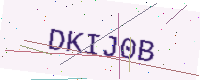
Text: DKIJ0B